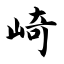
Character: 崎